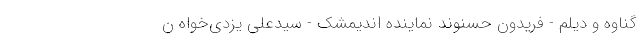
گناوه و دیلم - فریدون حسنوند نماینده اندیمشک - سیدعلی یزدی‌خواه ن